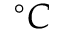
^ \circ C